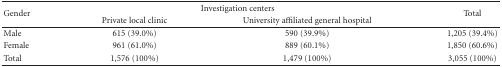
<table><thead><tr><td rowspan="2"><b>Gender</b></td><td colspan="2"><b>Investigation centers</b></td><td rowspan="2"><b>Total</b></td></tr><tr><td><b>Private local clinic</b></td><td><b>University affiliated general hospital</b></td></tr></thead><tbody><tr><td>Male</td><td>615 (39.0%)</td><td>590 (39.9%)</td><td>1,205 (39.4%)</td></tr><tr><td>Female</td><td>961 (61.0%)</td><td>889 (60.1%)</td><td>1,850 (60.6%)</td></tr><tr><td>Total</td><td>1,576 (100%)</td><td>1,479 (100%)</td><td>3,055 (100%)</td></tr></tbody></table>